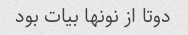
دوتا از نونها بیات بود